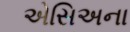
એસિઅના